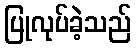
ပြုလုပ်ခဲ့သည်